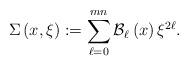
LaTeX: \begin{align*}\Sigma\left( x,\xi\right) :=\sum_{\ell=0}^{mn}\mathcal{B}_{\ell}\left(x\right) \xi^{2\ell}. \end{align*}